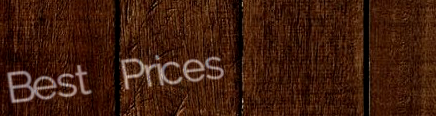
Best Prices